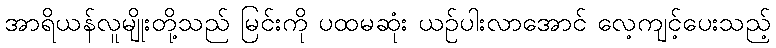
အာရိယန်လူမျိုးတို့သည် မြင်းကို ပထမဆုံး ယဉ်ပါးလာအောင် လေ့ကျင့်ပေးသည့်